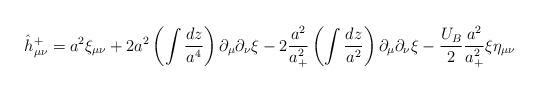
LaTeX: \begin{align*}\hat h^+_{\mu\nu}= a^2\xi_{\mu\nu} + 2 a^2 \left(\int \frac{dz}{a^4}\right)\partial_{\mu}\partial_{\nu}\xi - 2 \frac{a^2}{a_+^2} \left(\int \frac{dz}{a^2}\right)\partial_{\mu}\partial_{\nu}\xi-\frac{U_B}{2}\frac{a^2}{a_+^2} \xi \eta_{\mu\nu}\end{align*}